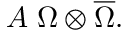
{ \cal A } \; \Omega \otimes \overline { { { \Omega } } } .